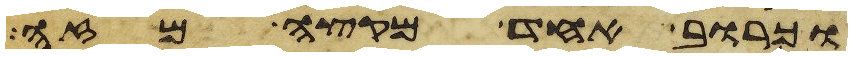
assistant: וכרוב אחד מקצה מזה